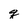
Character: q